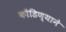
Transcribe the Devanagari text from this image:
कौंडिण्याने